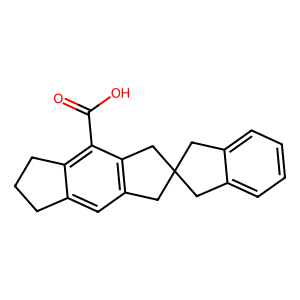
SMILES: O=C(O)c1c2c(cc3c1CC1(Cc4ccccc4C1)C3)CCC2
Inhibits HIV replication: No